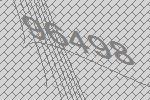
96498